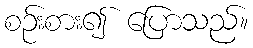
စဉ်းစား၍ ပြောသည်။